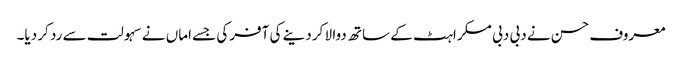
معروف حسن نے دبی دبی مسکراہٹ کے ساتھ دوا لا کر دینے کی آفرکی جسے اماں نے سہولت سے رد کر دیا۔